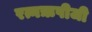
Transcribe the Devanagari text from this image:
रत्नऋषीजी